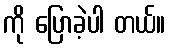
ကို ပြောခဲ့ပါ တယ်။